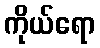
ကိုယ်ရော